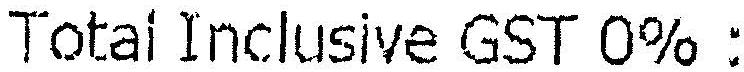
TOTAL INCLUSIVE GST 0% :